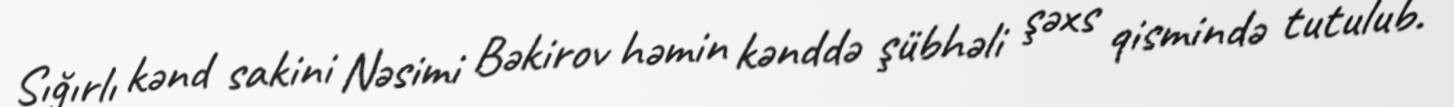
Sığırlı kənd sakini Nəsimi Bəkirov həmin kənddə şübhəli şəxs qismində tutulub.